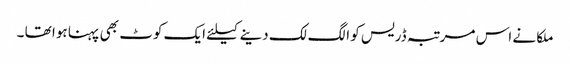
ملکا نے اس مرتبہ ڈریس کو الگ لک دینے کیلئے ایک کوٹ بھی پہنا ہوا تھا ۔